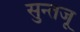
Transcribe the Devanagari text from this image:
सुन्तजू